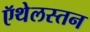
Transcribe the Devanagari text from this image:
ऍथेलस्तन